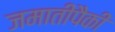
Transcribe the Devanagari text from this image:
जमातीपैकी